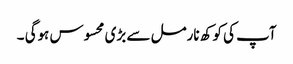
آپ کی کوکھ نارمل سے بڑی محسوس ہوگی ۔